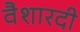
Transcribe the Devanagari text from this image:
वैशारदी